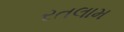
રતલામ